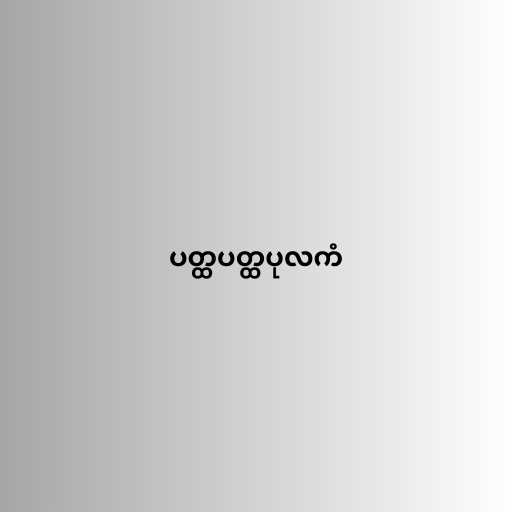
ပတ္ထပတ္ထပုလကံ